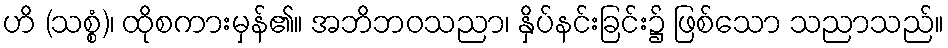
ဟိ (သစ္စံ)၊ ထိုစကားမှန်၏။ အဘိဘဝသညာ၊ နှိပ်နင်းခြင်း၌ ဖြစ်သော သညာသည်။